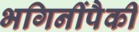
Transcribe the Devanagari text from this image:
भगिनींपैकी